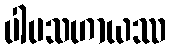
ပါပသဟာယဿ